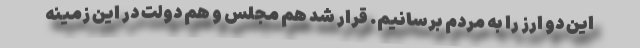
این دو ارز را به مردم برسانیم. قرار شد هم مجلس و هم دولت در این زمینه